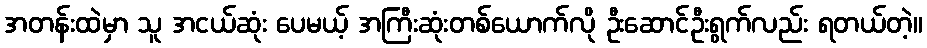
အတန်းထဲမှာ သူ အငယ်ဆုံး ပေမယ့် အကြီးဆုံးတစ်ယောက်လို ဦးဆောင်ဦးရွက်လည်း ရတယ်တဲ့။